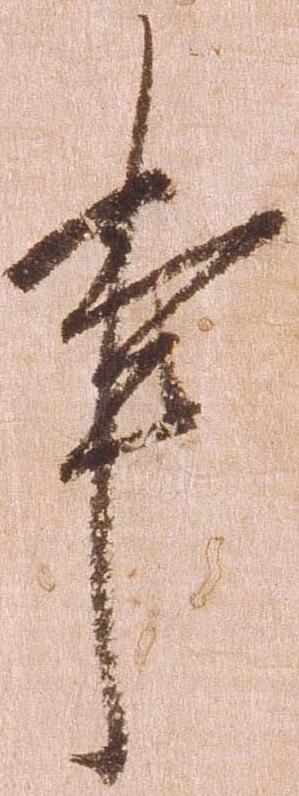
事